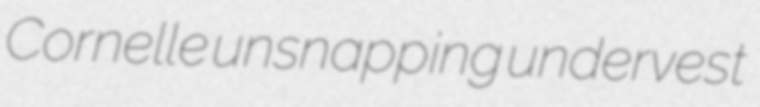
Cornelle unsnapping undervest